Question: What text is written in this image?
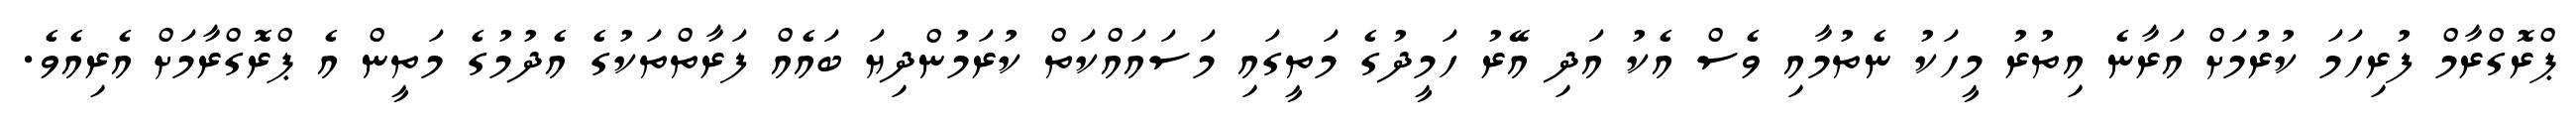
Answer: ޕްރޮގްރާމް ފުރިހަމަ ކުރުމަށް އަރާނެ އިތުރު މީހަކު ނެތުމާއި ވެސް އެކު އަދި އޭރު ހަމީދުގެ މަތީގައި މަސައައްކަތް ކުރަމުންދިޔަ ބައެއް ފަރާތްތަކުގެ އެދުމުގެ މަތީން އެ ޕްރޮގްރާމަށް އެރިއެވެ.